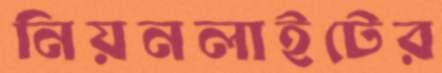
নিয়নলাইটের